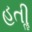
હતીૢ